Civil Veterinary Department Bihar reports 1936-40 - 1936-1940
Year: 1936
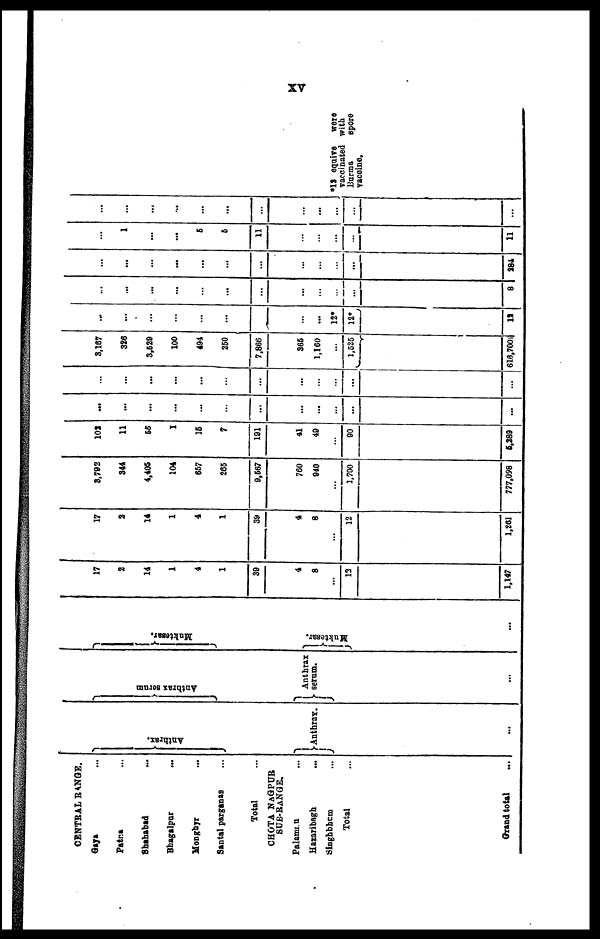
XV
CENTRAL RANGE.
Gaya ...
Patna ...
Shahabad
...
Bhagalpur
...
Monghyr ...
Santal parganas ...
Total
CHOTA NAGPUR
SUB-RANGE.
Palamau ...
Hazaribagh ...
Singhbhum ...
Total
Grand total ...
Anthrax.
Anthrax.
...
Anthrax serum
Anthrax
serum.
...
Mukt e s
ar .
Muktesar.
...
17
2
14
1
4
1
39
4
8
...
13
1,147
17
2
14
1
4
1
39
4
8
...
12
1,261
3,792
344
4,405
104
657
265
9,567
760
940
...
1,700
777,098
102
11
55
1
16
7
191
41
49
...
90
5,289
...
...
...
...
...
...
...
...
...
...
...
...
...
...
...
...
...
...
...
...
...
...
...
...
3,167
386
3,529
100
494
260
7,866
365
1,160
...
1,525
616,700
...
...
...
...
...
...
...
12*
12*
12
...
...
...
...
...
...
...
...
...
...
8
...
...
...
...
...
...
...
...
...
...
284
...
1
...
...
6
6
11
...
...
...
...
11
...
...
...
...
...
...
...
...
...
...
...
*12 equive were
vaccinated with
Burma
spore
vaccine.